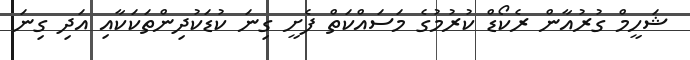
ޝަހީމް ގުރުއާން ރެކޯޑް ކުރުމުގެ މަސައްކަތް ފެށީ ގިނަ ކުޑަކުދިންތަކަކާއި އަދި ގިނަ